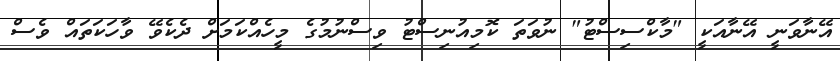
އޭނާވަނީ އޭނާއަކީ "މާކްސިސްޓު" ނުވަތަ ކޮމިއުނިސްޓު ވިސްނުމުގެ މީހެއްކަމަށް ދެކެވޭ ވާހަކަތައް ވެސް